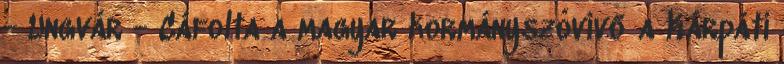
- Ungvár - Cáfolta a magyar kormányszóvivő a Kárpáti